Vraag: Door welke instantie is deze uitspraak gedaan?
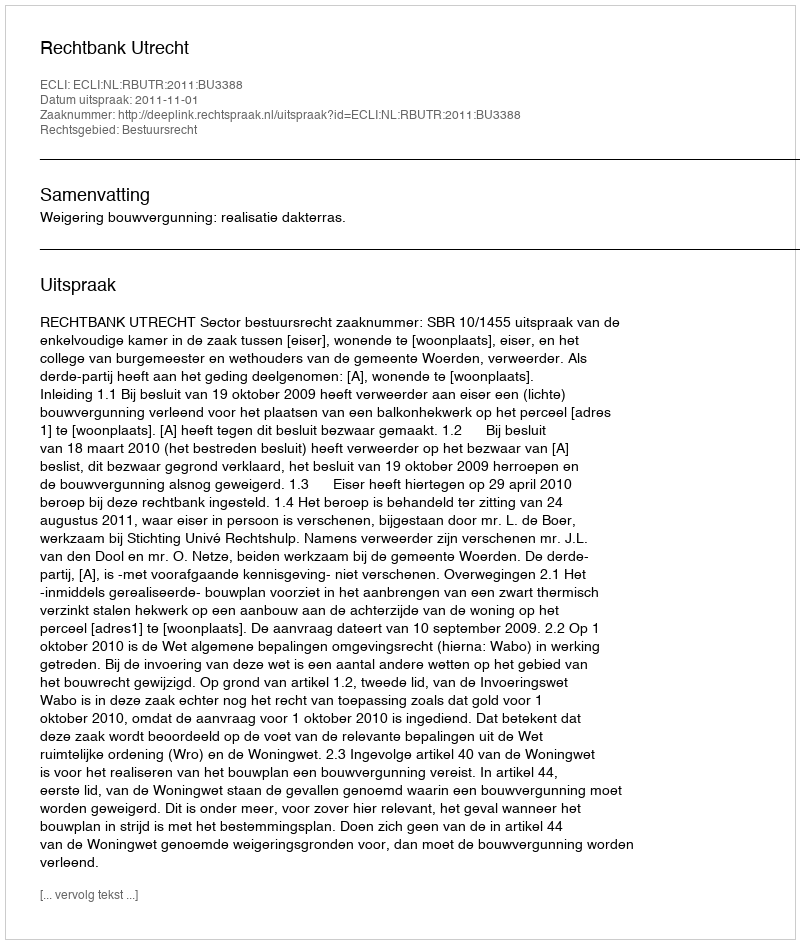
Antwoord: Rechtbank Utrecht